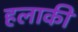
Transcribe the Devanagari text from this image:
हलाकी